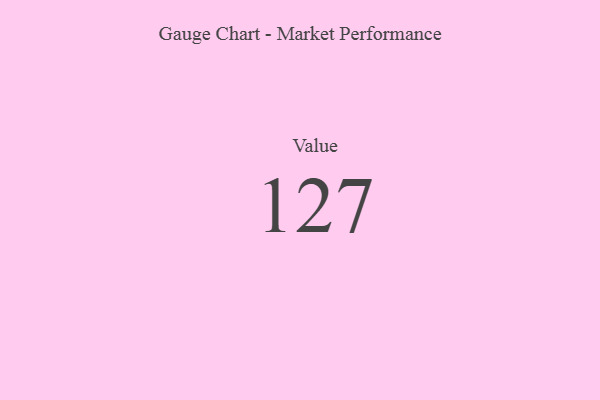
{"axis": {"x": "Metric", "y": "Value"}, "legend": [""], "data": [{"x": "Value", "y": 127, "type": ""}]}